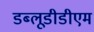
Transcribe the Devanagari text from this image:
डब्लूडीडीएम